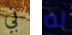
بي له